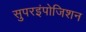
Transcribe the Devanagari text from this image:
सुपरइंपोजिशन